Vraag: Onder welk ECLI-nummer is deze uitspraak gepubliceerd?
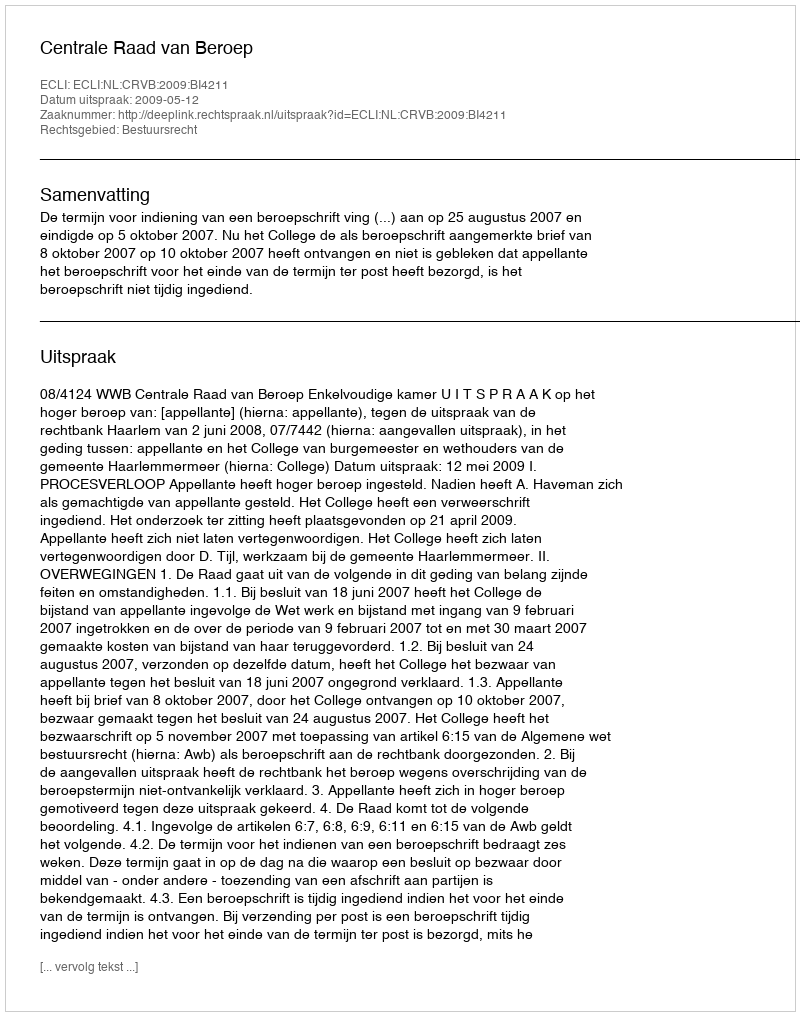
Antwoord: ECLI:NL:CRVB:2009:BI4211